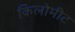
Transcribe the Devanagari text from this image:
किलोमीट